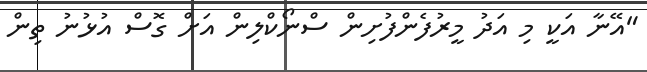
"އޭނާ އަކީ މި އަދު މީރުފެންފުށިން ސްނޯކްލިން އަށް ގޮސް އުޅުނު ތިން